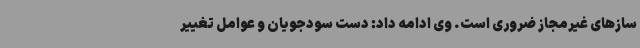
سازهای غیرمجاز ضروری است. وی ادامه داد: دست سودجویان و عوامل تغییر